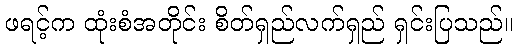
ဖရင့်က ထုံးစံအတိုင်း စိတ်ရှည်လက်ရှည် ရှင်းပြသည်။